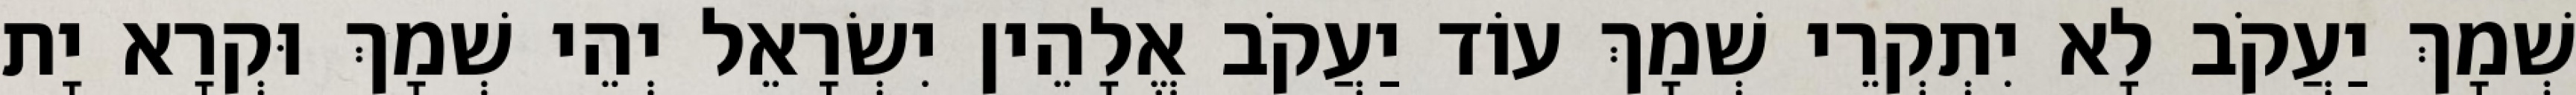
שְׁמָךְ יַעֲקֹב לָא יִתְקְרֵי שְׁמָךְ עוֹד יַעֲקֹב אֱלָהֵין יִשְׂרָאֵל יְהֵי שְׁמָךְ וּקְרָא יָת